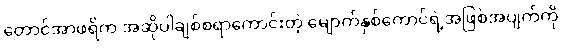
တောင်အာဖရိက အဆိုပါချစ်စရာကောင်းတဲ့ မျောက်နှစ်ကောင်ရဲ့အဖြစ်အပျက်ကို